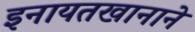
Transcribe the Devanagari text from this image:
इनायतखानाने